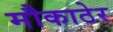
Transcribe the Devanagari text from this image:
मौकाठेर